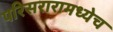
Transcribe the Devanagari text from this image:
परिसरारामध्येच